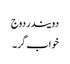
دویندر دوج
خواب گر ۔